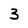
Character: 3